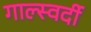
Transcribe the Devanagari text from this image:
गाल्स्वर्दी